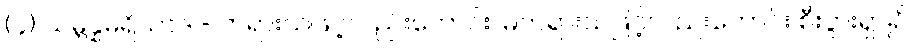
(၄) သမ္ဘိန္နမရိယာဒ - တရားသဖြင့်လည်းကောင်း၊ မတရားသဖြင့်လည်းကောင်း စီးပွားရှာ၍